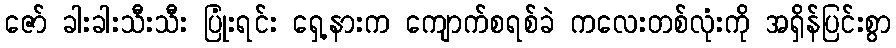
ဇော် ခါးခါးသီးသီး ပြုံးရင်း ရှေ့နားက ကျောက်စရစ်ခဲ ကလေးတစ်လုံးကို အရှိန်ပြင်းစွာ